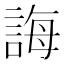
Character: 誨